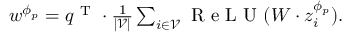
\begin{array} { r } { \begin{array} { r } { w ^ { \phi _ { p } } = q ^ { \mathrm { ~ T ~ } } \cdot \frac { 1 } { | \mathcal { V } | } \sum _ { i \in \mathcal { V } } \mathrm { ~ R ~ e ~ L ~ U ~ } ( W \cdot z _ { i } ^ { \phi _ { p } } ) . } \end{array} } \end{array}